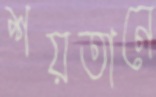
শয়তানে